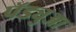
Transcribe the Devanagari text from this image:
पॅड्युआ